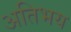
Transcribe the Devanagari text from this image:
अतिभय